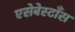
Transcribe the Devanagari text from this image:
एसेबेस्टाँस